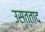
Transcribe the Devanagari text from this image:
उस्त्ताद